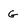
Character: G